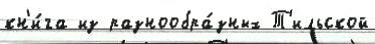
кн'и́га из разнообра́зных Т'ильской